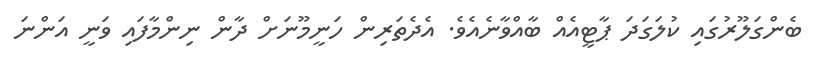
ބެންގަލޫރުގައި ކުލަގަދަ ޕާޓީއެއް ބާއްވާނެއެވެ. އެދެތަރިން ހަނީމޫނަށް ދާން ނިންމާފައި ވަނީ އަންނަ